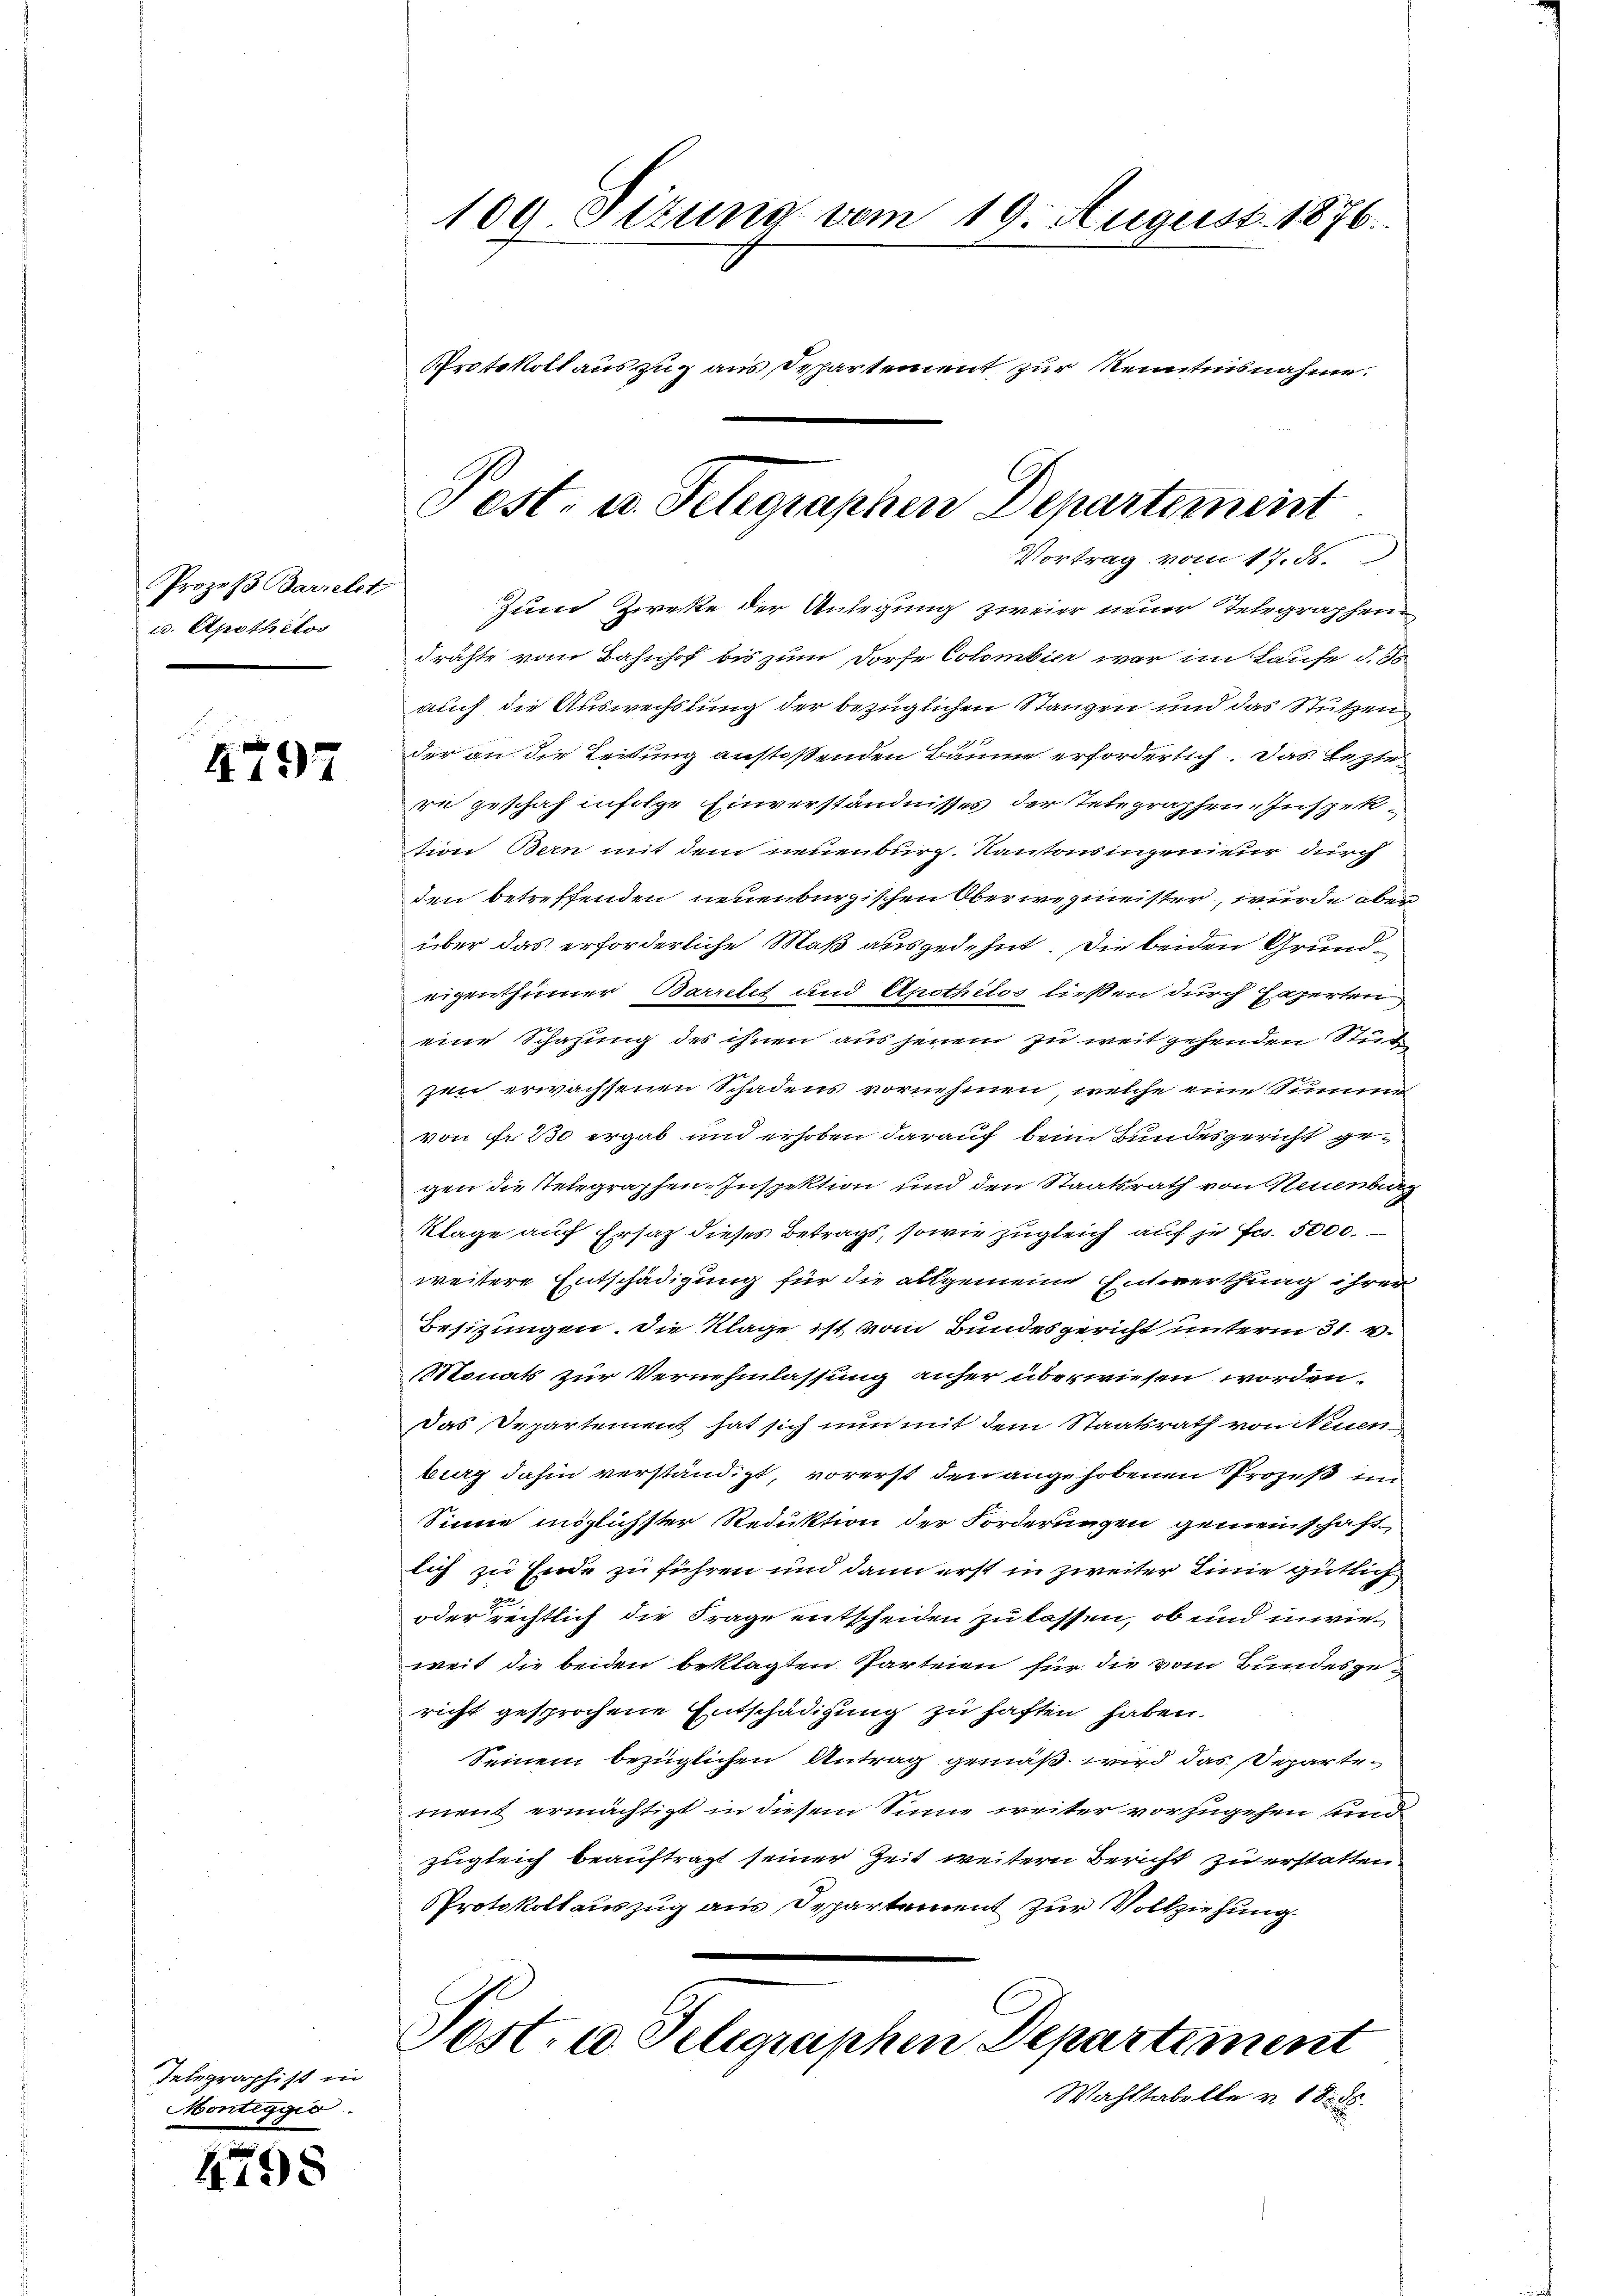
Prozeß Barrelet,
ud. Apothétos

4797

Telegraphist in
Monteggia.

4798

Zum Zwecke der Anlegung zweier neuer Telegraphendrähte vom Bahnhof bis zum Dorfe Colombier war im Laufe d. d.
auch die Auswechslung der bezüglichen Stangen und das Stützen
der an die Leitung anstoßenden Bäume erforderlich. Das Leztere geschah infolge Einverständnisses der Telegraphen-Inspektion Bern mit dem neuenburg. Kantons ingenieur durch
den betreffenden neuenburgischen Oberwegmeister, wurde oberüber das erforderliche Maß ausgedehnt. Die beiden Grundeigenthümer Barrelet und Apothilos ließen durch Experten
eine Schazung des ihnen aus jenem zu weit gehenden Stück
zen erwachsenen Schadens vornehmen, welche eine Sinnen
von fr. 230 ergab und erhoben darauf beim Bundesgericht gegen die Stelegraphen Inspektion und den Staatsrath von Neuenbu
Klage auf Ersatz dieses Betrags, sowie zugleich auf je Fr. 5000.
weitere Entschädigung für die allgemeine Entwerthung ihrer
Besizungen. Die Klage ist vom Bundesgericht unterm 31. v.
Monats zur Vernehmlassung anher überwiesen worden.
Das Departement hat sich nun mit dem Staatsrath von Neuen
burg dahin verständigt, vorerst den angehobenen Prozeß im
Sinne möglichster Reduktion der Forderungen gemeinschaftlich zu Ende zu führen und dann erst in zweiter Linie gütlich
oder rechtlich die Frage entscheiden zu lassen, ob und inwieweit die beiden beklagten Parteien für die vom Bundesgericht gesprochene Entschädigung zu haften haben.
Seinem bezüglichen Antrag gemäß wird das Separtemnent ermächtigt in diesem Sinne weiter vorzugehen sind
zugleich beauftragt seiner Zeit weitern Bericht zu erstatten
Protokollauszug aus Departement zur Vollziehung.
Post. u. Telegraphen Departement
Wahltabelle v. 18

109. Sizung vom 19. August 1876.
Protokoll auszug aus Departement zur Kenntnisnahme.

Pest. u. Telegraphen Departement
Vortrag vom 17. 86.